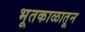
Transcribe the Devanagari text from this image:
भूतकाळातून